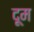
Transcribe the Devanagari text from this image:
दूूम